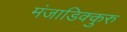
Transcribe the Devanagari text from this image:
मंजाडिक्कुरु